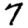
Digit: 7